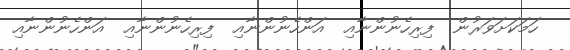
ހަމަކަށަވަރުން  ފިރިހެނުންނާއި  އަންހެނުންނާއި  ފިރިހެނުންނާއި  އަންހެނުންނާއި